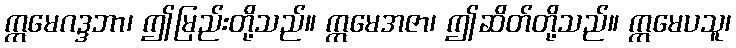
ဣမေဂဒ္ဒဘာ၊ ဤမြည်းတို့သည်။ ဣမေအဇာ၊ ဤဆိတ်တို့သည်။ ဣမေပသူ၊